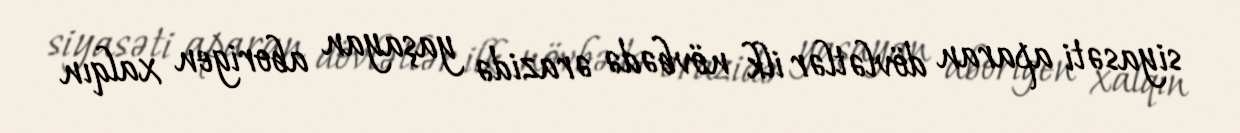
siyasəti aparan dövlətlər ilk növbədə ərazidə yaşayan aborigen xalqın